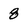
Character: 8